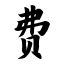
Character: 费